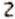
2